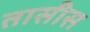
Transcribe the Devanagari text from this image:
तासीस